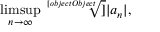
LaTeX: \operatorname* { l i m s u p } _ { n \rightarrow \infty } { \sqrt [ [object Object] ] { | a _ { n } | } } ,